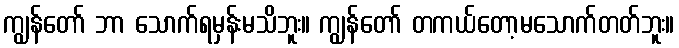
ကျွန်တော် ဘာ သောက်ရမှန်းမသိဘူး။ ကျွန်တော် တကယ်တော့မသောက်တတ်ဘူး။